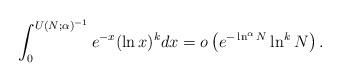
LaTeX: \begin{align*}\int_0^{U(N; \alpha)^{-1}} e^{-x} (\ln x)^k dx= o\left(e^{-\ln^{\alpha} N} \ln^k N\right).\end{align*}